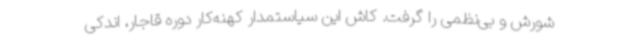
شورش و بی‌نظمی را گرفت. کاش این سیاستمدار کهنه‌کار دوره قاجار، اندکی